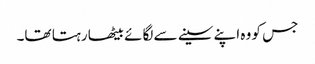
جس کو وہ اپنے سینے سے لگائے بیٹھا رہتا تھا۔